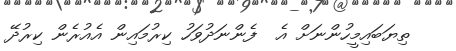
ތިޔަބައިމީހުންނަށް އެ  ފެންނަދުވަހު ކިރުމައިން އެއުރެން ކިރުދޭ